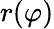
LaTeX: r(\varphi)